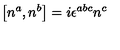
\left[ n ^ { a } , n ^ { b } \right] = i \epsilon ^ { a b c } n ^ { c }